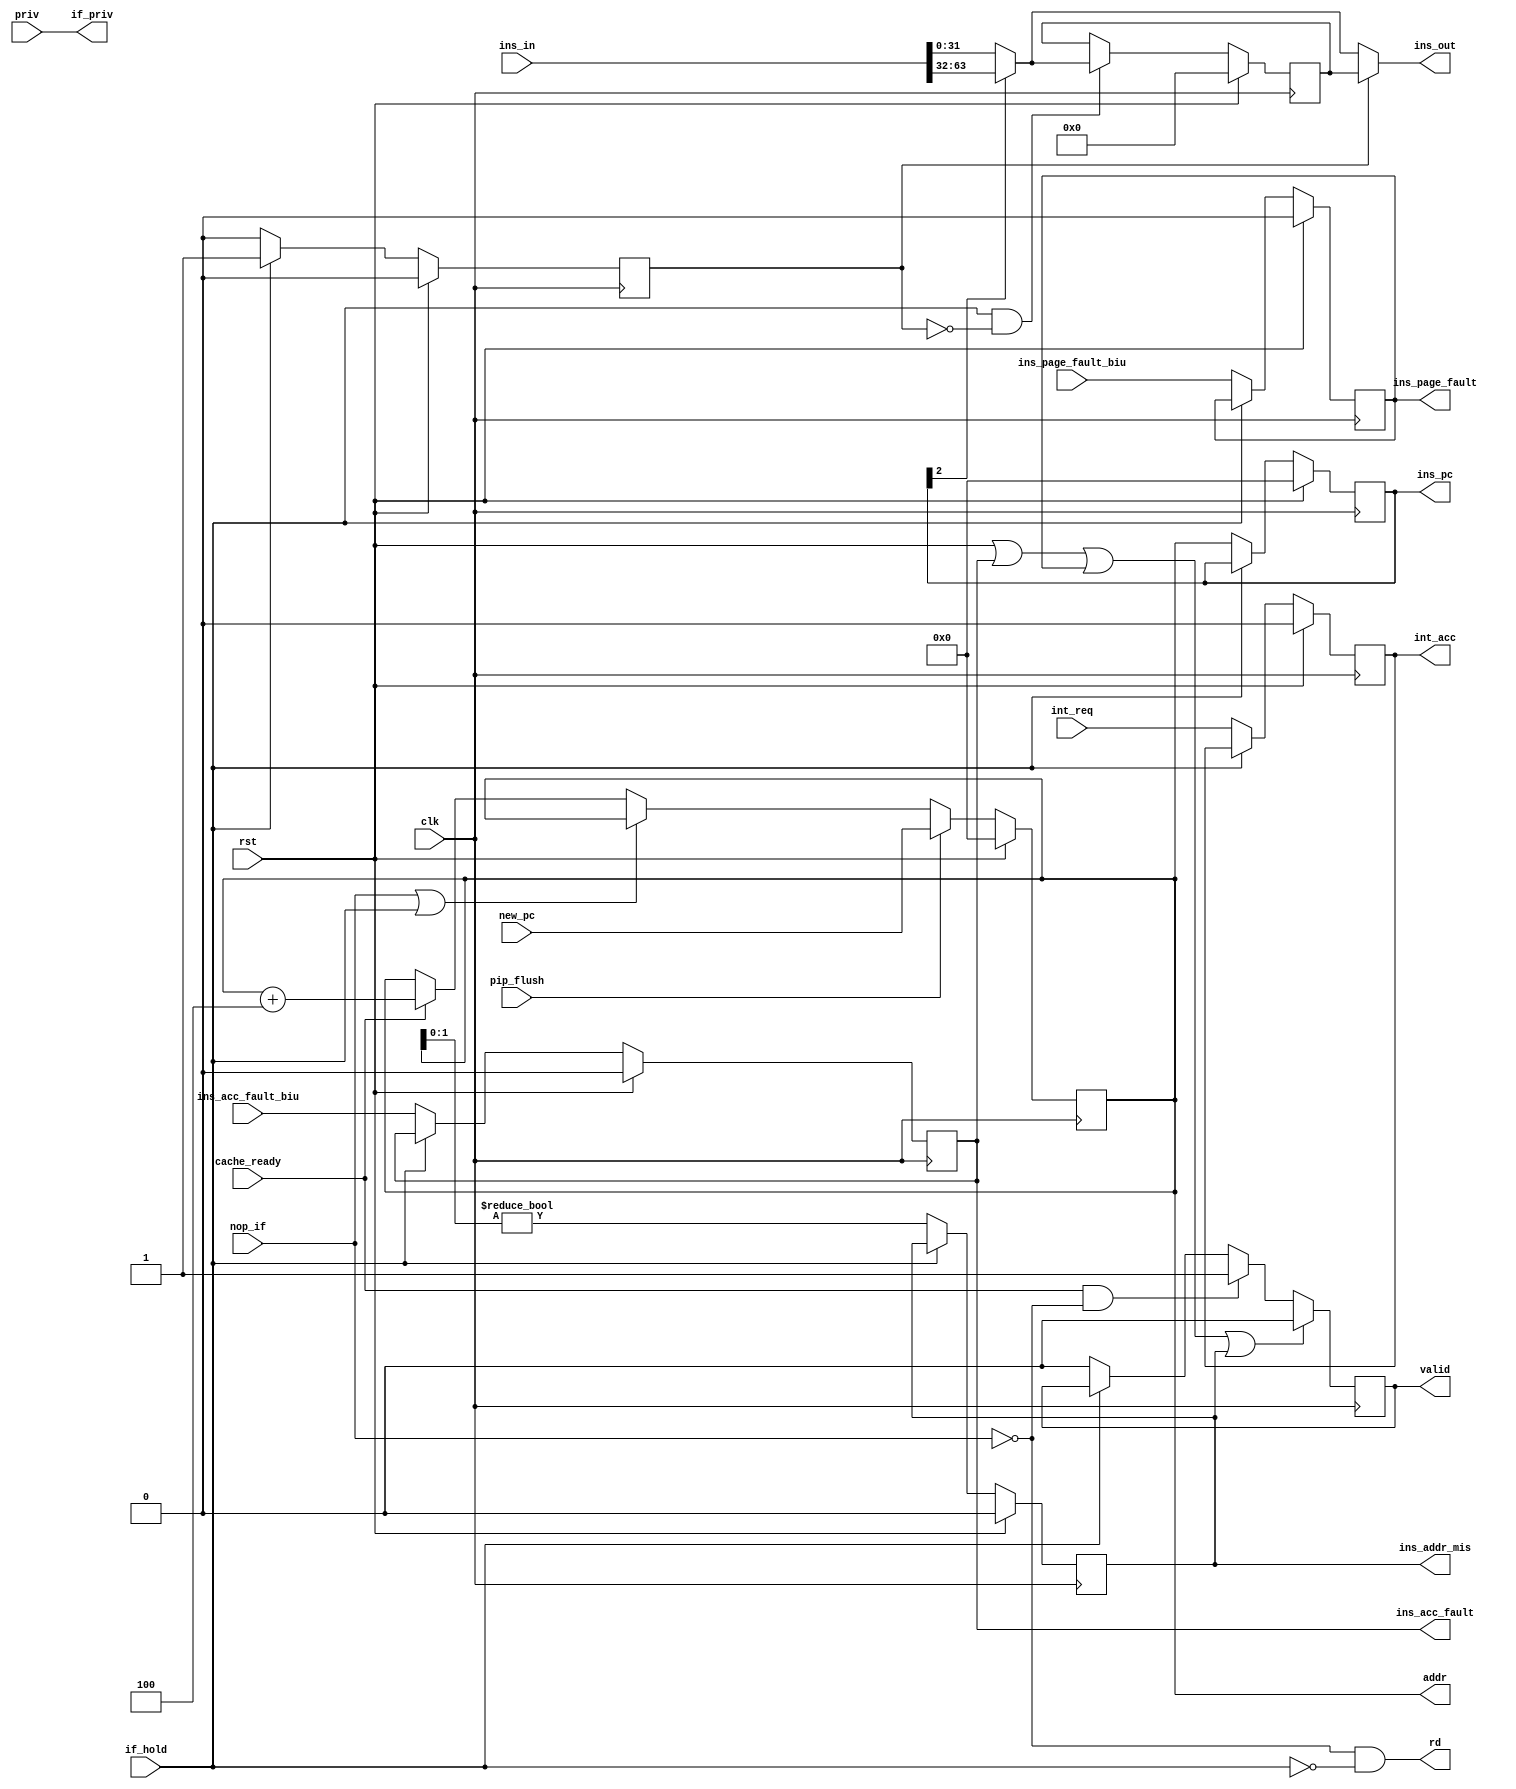
/*
PRV464IF

2020.3.7

*/
module ins_fetch(

input wire clk,
input wire rst,
input wire [3:0]priv,		//

//
input wire int_req,			//1,IF
//pip
//
input wire nop_if,
input wire if_hold,			//if
//
input wire pip_flush,
input wire [63:0]new_pc,	//PC
//cache
output wire [63:0]addr,

output wire rd,				//
output wire [3:0]if_priv,
input wire [63:0]ins_in,
input wire ins_acc_fault_biu, 		//
input wire ins_page_fault_biu,		//
input wire cache_ready,				//cache

/*

*/

//ID
//
output wire [31:0]ins_out,
//PC
output reg [63:0]ins_pc,
//

output reg ins_acc_fault,	//
output reg ins_addr_mis, 	//
output reg ins_page_fault,	//
output reg int_acc,			//
output reg valid			//


);
parameter pc_rst = 64'h0000_0000_0000_0000;	//pc,

reg hold;

reg [31:0]ins_hold;			//ins
reg [63:0]pc;
wire addr_mis;				//PC

wire [31:0]ins_shift;		//


assign addr_mis = (pc[1:0]!=2'b00);

assign ins_shift= ins_pc[2]?ins_in[63:32] : ins_in[31:0];


//pc
//pip_flushpcpc_new
//nop_if,L1pc
always@(posedge clk)begin
	if(rst)begin
		pc <= pc_rst;
	end
	else if(pip_flush)begin
		pc <= new_pc;
	end
	else if(nop_if|if_hold)begin
		pc <= pc;
	end
	else begin
		pc <= (cache_ready)?pc + 64'd4 : pc;
	end
end

always@(posedge clk)begin
	if(rst)begin
		ins_pc <= 64'b0;
	end
	else if(if_hold)begin
		ins_pc <= ins_pc;
	end
	else begin
		ins_pc <= pc;
	end
end

always@(posedge clk)begin
	if(rst)begin
		ins_hold <= 32'b0;
	end
	else if(if_hold & !hold)begin
		ins_hold <= ins_shift;
	end
end
always@(posedge clk)begin
	if(rst)begin
		hold <= 1'b0;
	end
	else if(hold==1'b0)begin
		hold <= if_hold?1'b1:hold;
	end
	else if(hold==1'b1)begin
		hold <= !if_hold?1'b0:hold;
	end
end

//
always@(posedge clk)begin
	if(rst)begin
		ins_acc_fault <= 1'b0;
		ins_page_fault<= 1'b0;
		ins_addr_mis  <= 1'b0;
		int_acc		  <= 1'b0;
	end
	else if(if_hold)begin
		ins_acc_fault <= ins_acc_fault;
		ins_page_fault<= ins_page_fault;
		ins_addr_mis  <= ins_addr_mis;
		int_acc       <= int_acc;
	end
	else begin
		ins_acc_fault <= ins_acc_fault_biu;
		ins_page_fault<= ins_page_fault_biu;
		ins_addr_mis  <= addr_mis;
		int_acc       <= int_req;
	end
end

//
//valid
always@(posedge clk)begin
	if(rst|ins_acc_fault|ins_page_fault|ins_addr_mis)begin
		valid <= 1'b0;
	end
	else if(cache_ready&!nop_if)begin
		valid <= 1'b1;
	end
	else if(if_hold)begin
		valid <= valid;
	end
	else begin
		valid <= 1'b0;
	end
end

assign ins_out = hold?ins_hold:ins_shift;
assign if_priv = priv;
assign addr    = pc;
assign rd		= !nop_if&!if_hold;



endmodule